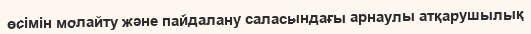
өсімін молайту және пайдалану саласындағы арнаулы атқарушылық